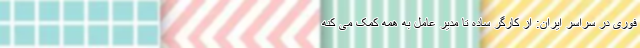
فوری در سراسر ایران: از کارگر ساده تا مدیر عامل به همه کمک می کنه